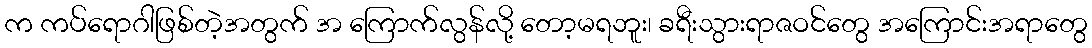
က ကပ်ရောဂါဖြစ်တဲ့အတွက် အ ကြောက်လွန်လို့ တော့မရဘူး၊ ခရီးသွားရာဇဝင်တွေ အကြောင်းအရာတွေ